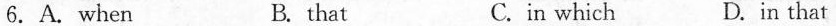
6.A. When B. that C.in which D.in that